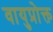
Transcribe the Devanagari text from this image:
वायुप्रोक्त